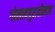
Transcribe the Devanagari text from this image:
पोलादपुरातीलाच